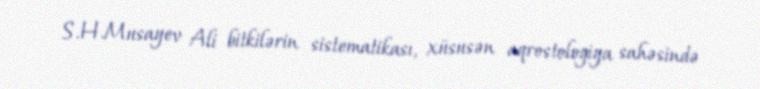
S.H.Musayev Ali bitkilərin sistematikası, xüsusən aqrostologiya sahəsində